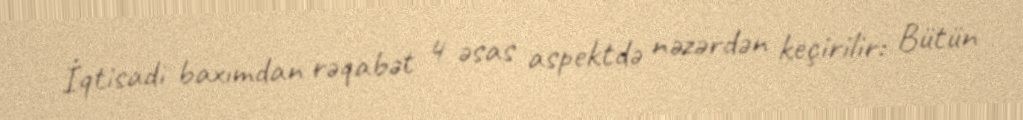
İqtisadi baxımdan rəqabət 4 əsas aspektdə nəzərdən keçirilir: Bütün